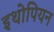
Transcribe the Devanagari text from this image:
इथोपियन